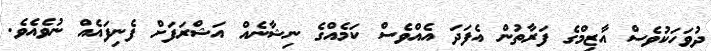
ދުވަހަކުވެސް އާޒިމްގެ ފަރާތުން އެފަދަ އެއްވެސް ކަމެއްގެ ނިޝާނެއް އަޝްރަފަށް ފެނިފައެއް ނުވެއެވެ.